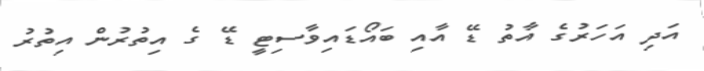
އަދި އަހަރުގެ އާތު ޑޭ އާއި ބައޯޑައިވާސިޓީ ޑޭ ގެ އިތުރުން އިތުރު